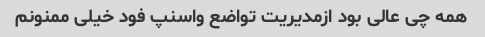
همه چی عالی بود ازمدیریت تواضع واسنپ فود خیلی ممنونم